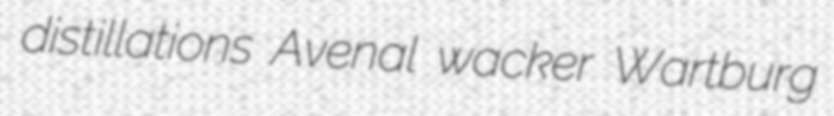
distillations Avenal wacker Wartburg